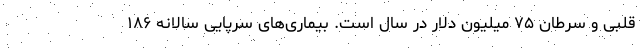
قلبی و سرطان ۷۵ میلیون دلار در سال است. بیماری‌های سرپایی سالانه ۱۸۶